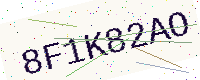
Text: 8F1K82AO